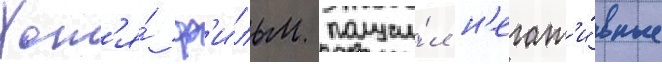
Хот'я́ ф'и́льм получи́л н'егат'и́вные